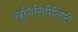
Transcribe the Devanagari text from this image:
खुनिसिपैलिटी